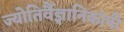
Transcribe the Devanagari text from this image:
ज्योतिर्वैज्ञानिकांनी